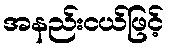
အနည်းငယ်ဖြင့်